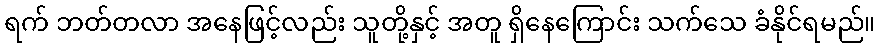
ရက် ဘတ်တလာ အနေဖြင့်လည်း သူတို့နှင့် အတူ ရှိနေကြောင်း သက်သေ ခံနိုင်ရမည်။